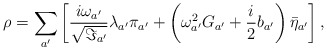
\begin{align*}\rho= \sum_{a'} \left[ \frac{i \omega_{a'}}{\sqrt{\Im_{a'}}} \lambda_{a'} \pi_{a'} + \left( \omega^2_{a'} G_{a'} + \frac{i}{2} b_{a'} \right)\bar{\eta}_{a'} \right],\end{align*}